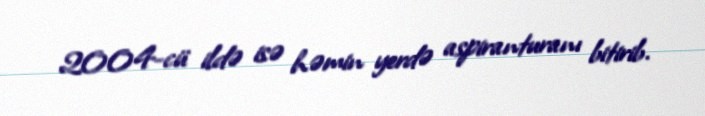
2004-cü ildə isə həmin yerdə aspiranturanı bitirib.